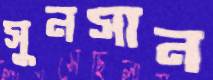
সুনসান